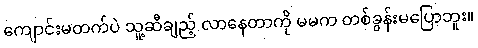
ကျောင်းမတက်ပဲ သူ့ဆီချည့် လာနေတာကို မမက တစ်ခွန်းမပြောဘူး။